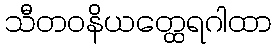
သီတဝနိယတ္ထေရဂါထာ